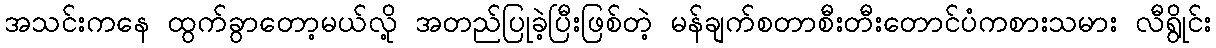
အသင်းကနေ ထွက်ခွာတော့မယ်လို့ အတည်ပြုခဲ့ပြီးဖြစ်တဲ့ မန်ချက်စတာစီးတီးတောင်ပံကစားသမား လီရွိုင်း